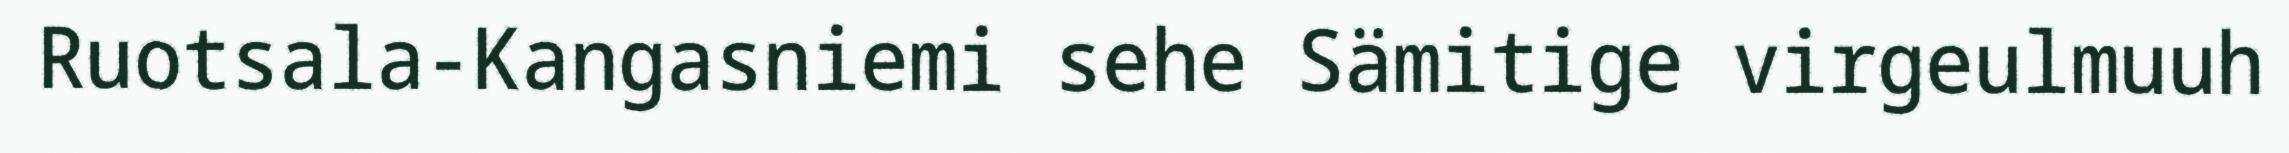
Ruotsala-Kangasniemi sehe Sämitige virgeulmuuh